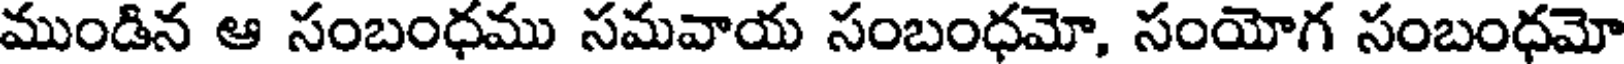
ముండిన ఆ సంబంధము సమవాయ సంబంధమో, సంయోగ సంబంధమో